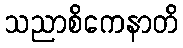
သညာစိကေနာတိ